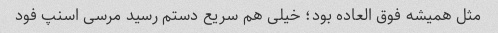
مثل همیشه فوق العاده بود؛ خیلی هم سریع دستم رسید مرسی اسنپ فود